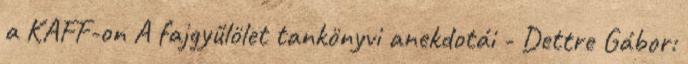
a KAFF-on A fajgyűlölet tankönyvi anekdotái - Dettre Gábor: